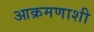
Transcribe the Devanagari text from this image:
आक्रमणाशी